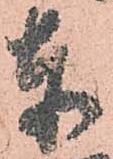
赤